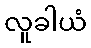
လူခါယံ